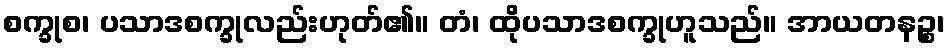
စက္ခုစ၊ ပသာဒစက္ခုလည်းဟုတ်၏။ တံ၊ ထိုပသာဒစက္ခုဟူသည်။ အာယတနဉ္စ၊